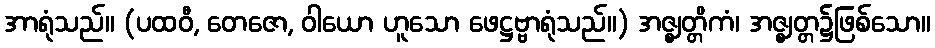
အာရုံသည်။ (ပထဝီ, တေဇော, ဝါယော ဟူသော ဖေဋ္ဌဗ္ဗာရုံသည်။) အဇ္ဈတ္တိကံ၊ အဇ္ဈတ္တ၌ဖြစ်သော။